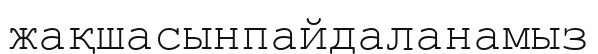
жақшасынпайдаланамыз